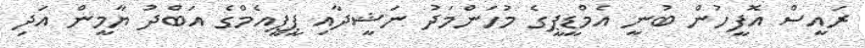
ރައީސް އޮފީހުން ބުނީ އެމްޑީޕީގެ މުހަންމަދު ނަޝީދާއި ޕީޕީއެމްގެ އަބްދު ޔާމީން އަދި